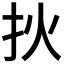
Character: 𤆎